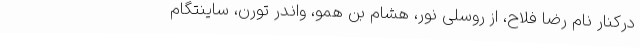
درکنار نام رضا فلاح، از روسلی نور، هشام بن همو، واندر تورن، ساینتگام